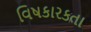
વિષકારકતા